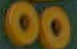
00